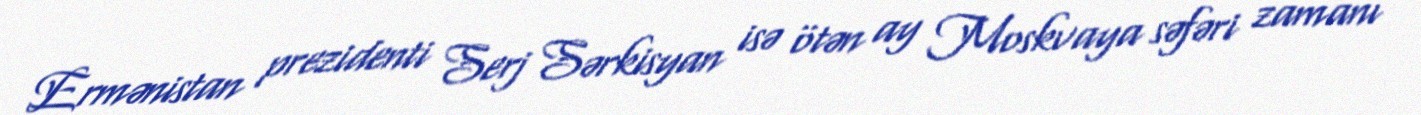
Ermənistan prezidenti Serj Sərkisyan isə ötən ay Moskvaya səfəri zamanı